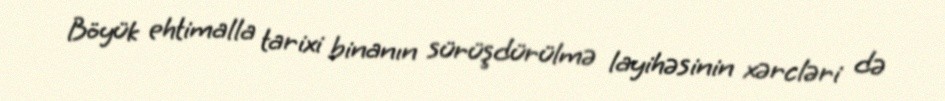
Böyük ehtimalla tarixi binanın sürüşdürülmə layihəsinin xərcləri də